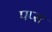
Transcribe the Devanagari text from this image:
पप्स